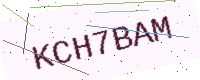
Text: KCH7BAM